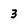
Character: 3